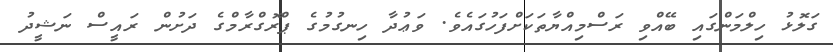
ގަލޮޅު ހިލްމަންގައި ބޭއްވި ރަސްމިއްޔާތަކަށްފަހުގައެވެ. ވަޢުދާ ހިނގުމުގެ ޕްރޮގްރާމްގެ ދަށުން ރައީސް ނަޝީދު